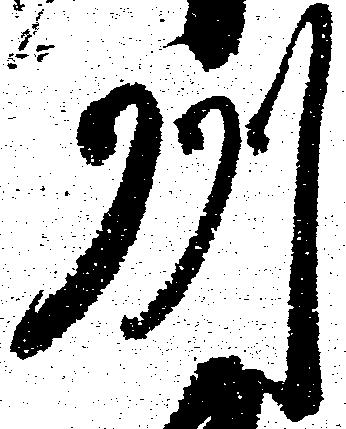
州